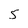
Character: 5